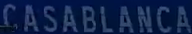
CASABLANCA